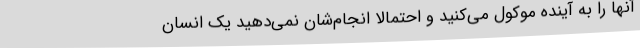
آنها را به آینده موکول می‌کنید و احتمالا انجام‌شان نمی‌دهید یک انسان